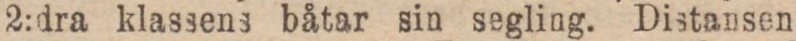
2:dra klassens båtar sin segling. Distansen